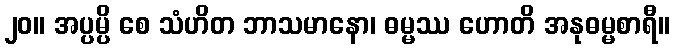
၂၀။ အပ္ပမ္ပိ စေ သံဟိတ ဘာသမာနော၊ ဓမ္မဿ ဟောတိ အနုဓမ္မစာရီ။